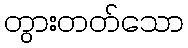
တွားတတ်သော